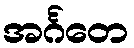
အင်္ဂတေ